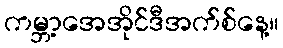
ကမ္ဘာ့အေအိုင်ဒီအက်စ်နေ့။